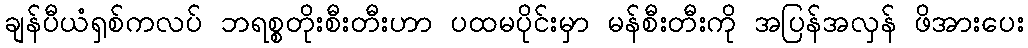
ချန်ပီယံရှစ်ကလပ် ဘရစ္စတိုးစီးတီးဟာ ပထမပိုင်းမှာ မန်စီးတီးကို အပြန်အလှန် ဖိအားပေး